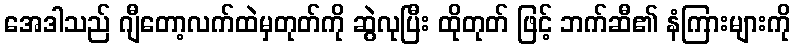
အေဒါသည် ဂျီတော့လက်ထဲမှတုတ်ကို ဆွဲလုပြီး ထိုတုတ် ဖြင့် ဘက်ဆီ၏ နံကြားများကို